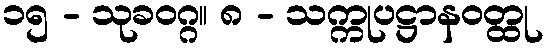
၁၅ - သုခဝဂ္ဂ။ ၈ - သက္ကုပဋ္ဌာနဝတ္ထု